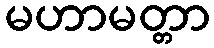
မဟာမတ္တာ